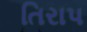
તિરાપ